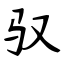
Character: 驭